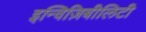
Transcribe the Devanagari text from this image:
इन्विज़िबीलिटी